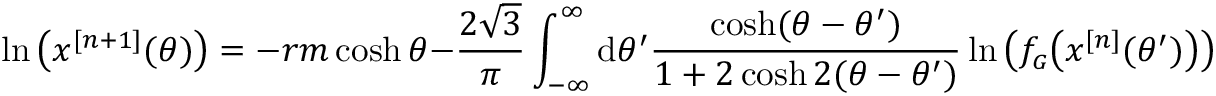
\ln \left( x ^ { [ n + 1 ] } ( \theta ) \right) = - r m \cosh \theta - \frac { 2 \sqrt { 3 } } { \pi } \int _ { - \infty } ^ { \infty } \mathrm { d } \theta ^ { \prime } \frac { \cosh ( \theta - \theta ^ { \prime } ) } { 1 + 2 \cosh 2 ( \theta - \theta ^ { \prime } ) } \ln \left( f _ { \scriptscriptstyle G } \bigl ( x ^ { [ n ] } ( \theta ^ { \prime } ) \bigr ) \right) .